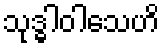
သုဒ္ဓါဝါသေဟိ